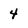
Character: 4